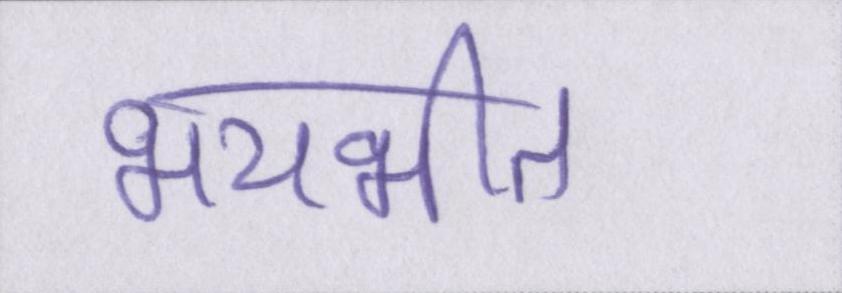
भयभीत